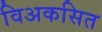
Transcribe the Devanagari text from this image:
विअकसित